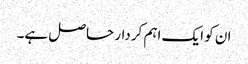
ان کو ایک اہم کردار حاصل ہے۔